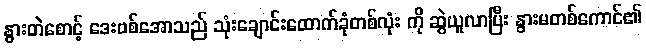
နွားတဲစောင့် ဒေးဗစ်အောသည် သုံးချောင်းထောက်ခုံတစ်လုံး ကို ဆွဲယူလာပြီး နွားမတစ်ကောင်၏